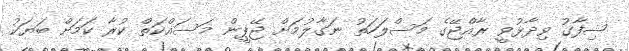
ޝިފާގު ވިދާޅުވީ ރާއްޖޭގެ މަސްލަހަތު ނަގާލުމަށް ޖޭޕީން މަސައްކަތް ކުރާ ކަމަށް ބަޔަކު